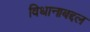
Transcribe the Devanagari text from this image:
विधानाबद्दल